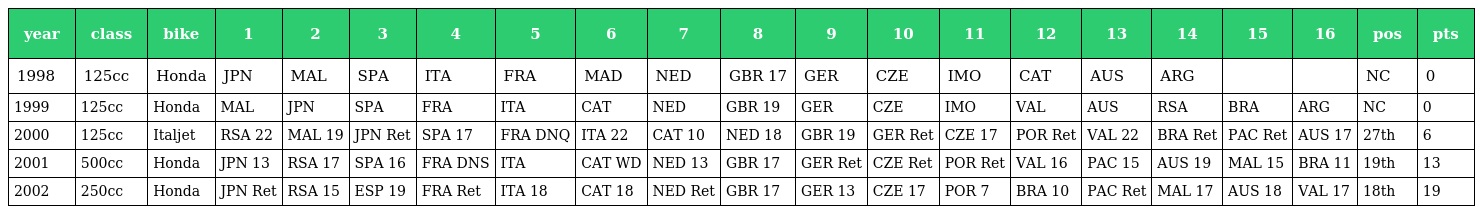
| year | class | bike | 1 | 2 | 3 | 4 | 5 | 6 | 7 | 8 | 9 | 10 | 11 | 12 | 13 | 14 | 15 | 16 | pos | pts |
 | --- | --- | --- | --- | --- | --- | --- | --- | --- | --- | --- | --- | --- | --- | --- | --- | --- | --- | --- | --- | --- |
 | 1998 | 125cc | Honda | JPN | MAL | SPA | ITA | FRA | MAD | NED | GBR 17 | GER | CZE | IMO | CAT | AUS | ARG |  |  | NC | 0 |
 | 1999 | 125cc | Honda | MAL | JPN | SPA | FRA | ITA | CAT | NED | GBR 19 | GER | CZE | IMO | VAL | AUS | RSA | BRA | ARG | NC | 0 |
 | 2000 | 125cc | Italjet | RSA 22 | MAL 19 | JPN Ret | SPA 17 | FRA DNQ | ITA 22 | CAT 10 | NED 18 | GBR 19 | GER Ret | CZE 17 | POR Ret | VAL 22 | BRA Ret | PAC Ret | AUS 17 | 27th | 6 |
 | 2001 | 500cc | Honda | JPN 13 | RSA 17 | SPA 16 | FRA DNS | ITA | CAT WD | NED 13 | GBR 17 | GER Ret | CZE Ret | POR Ret | VAL 16 | PAC 15 | AUS 19 | MAL 15 | BRA 11 | 19th | 13 |
 | 2002 | 250cc | Honda | JPN Ret | RSA 15 | ESP 19 | FRA Ret | ITA 18 | CAT 18 | NED Ret | GBR 17 | GER 13 | CZE 17 | POR 7 | BRA 10 | PAC Ret | MAL 17 | AUS 18 | VAL 17 | 18th | 19 |